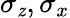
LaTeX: \sigma_{\mathit{z}},\sigma_{x}